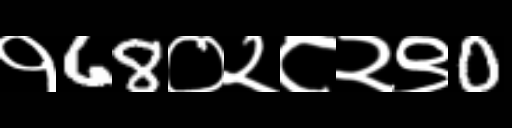
Text: १68०२८२९0